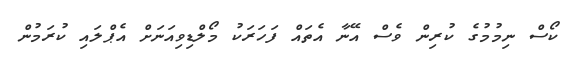
ކޯސް ނިމުމުގެ ކުރިން ވެސް އޭނާ އެތައް ފަހަރަކު މޯލްޑިވިއަނަށް އެޕްލައި ކުރަމުން